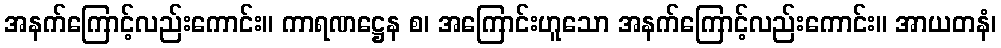
အနက်ကြောင့်လည်းကောင်း။ ကာရဏဋ္ဌေန စ၊ အကြောင်းဟူသော အနက်ကြောင့်လည်းကောင်း။ အာယတနံ၊